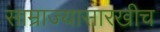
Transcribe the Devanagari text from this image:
साम्राज्यासारखीच